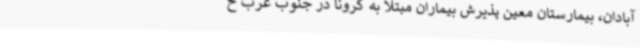
آبادان، بیمارستان معین پذیرش بیماران مبتلا به کرونا در جنوب غرب خ